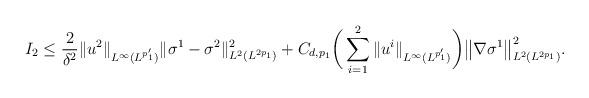
LaTeX: \begin{align*} I_2\leq \frac2{\delta^2}\|u^2\|_{L^\infty(L^{p'_1})}\|\sigma^1-\sigma^2\|_{L^2(L^{2p_1})}^2 + C_{d,p_1} \bigg(\sum_{i=1}^2\|u^i\|_{L^\infty(L^{p'_1})}\bigg) \big\| \nabla \sigma^1\big\|_{L^2(L^{2p_1})}^2. \end{align*}